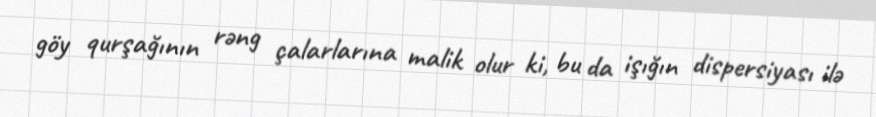
göy qurşağının rəng çalarlarına malik olur ki, bu da işığın dispersiyası ilə